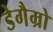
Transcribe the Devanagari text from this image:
डेगैम्रो